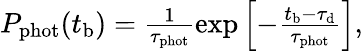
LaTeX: \begin{array}{r}{P_{\mathrm{phot}}(t_{\mathrm{b}})=\frac{1}{\tau_{\mathrm{phot}}}\exp\left[-\frac{t_{\mathrm{b}}-\tau_{\mathrm{d}}}{\tau_{\mathrm{phot}}}\right],}\end{array}